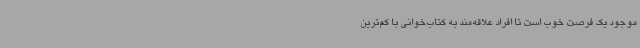
موجود یک فرصت خوب است تا افراد علاقه‌مند به کتاب‌خوانی با کم‌ترین